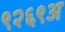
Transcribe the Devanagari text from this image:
९२६९अ